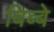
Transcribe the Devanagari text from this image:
बिब्बे